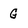
Character: G